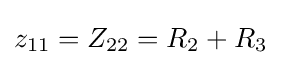
z_{11}=Z_{22}=R_{2}+R_{3}\